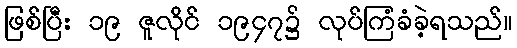
ဖြစ်ပြီး ၁၉ ဇူလိုင် ၁၉၄၇၌ လုပ်ကြံခံခဲ့ရသည်။